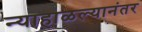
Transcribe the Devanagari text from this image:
न्याहाळल्यानंतर